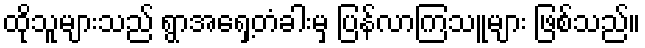
ထိုသူများသည် ရွာအရှေ့တံခါးမှ ပြန်လာကြသူများ ဖြစ်သည်။